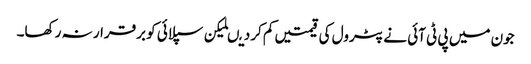
جون میں پی ٹی آئی نے پٹرول کی قیمتیں کم کردیںلیکن سپلائی کو برقرار نہ رکھا۔